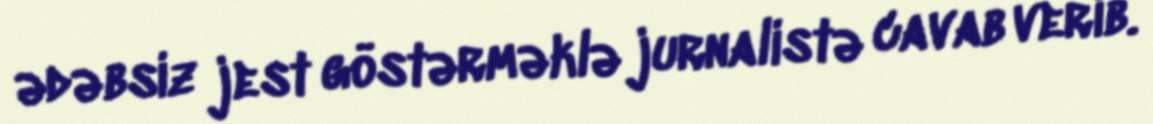
ədəbsiz jest göstərməklə jurnalistə cavab verib.